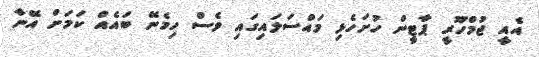
އެއީ ޖުމްހޫރީ ޕާޓީން ހުށަހެޅި މައްސަލައިގައި ވެސް ހިމެނޭ ބައެއް ކަމަށް އޭނާ